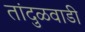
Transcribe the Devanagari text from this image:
तांदुळवाडी